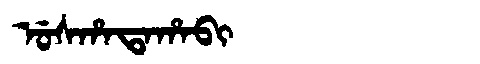
Manchu: ᡠᠰᡥᠠᡨᠠᡥᠠᠪᡳ
Romanization: USHATAHABI